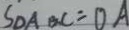
S _ { \Delta A B C } = O A